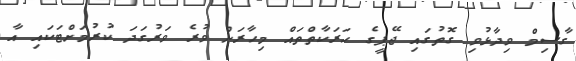
ގާސިމް ވިދާޅުވި ގޮތުގައި ޖޭޕީގެ ހަރަކާތްތައް މިހާރަށް ވުރެ ވަރުގަދަ ކުރުމަށްޓަކައި އާ